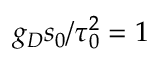
g _ { D } s _ { 0 } / \tau _ { 0 } ^ { 2 } = 1